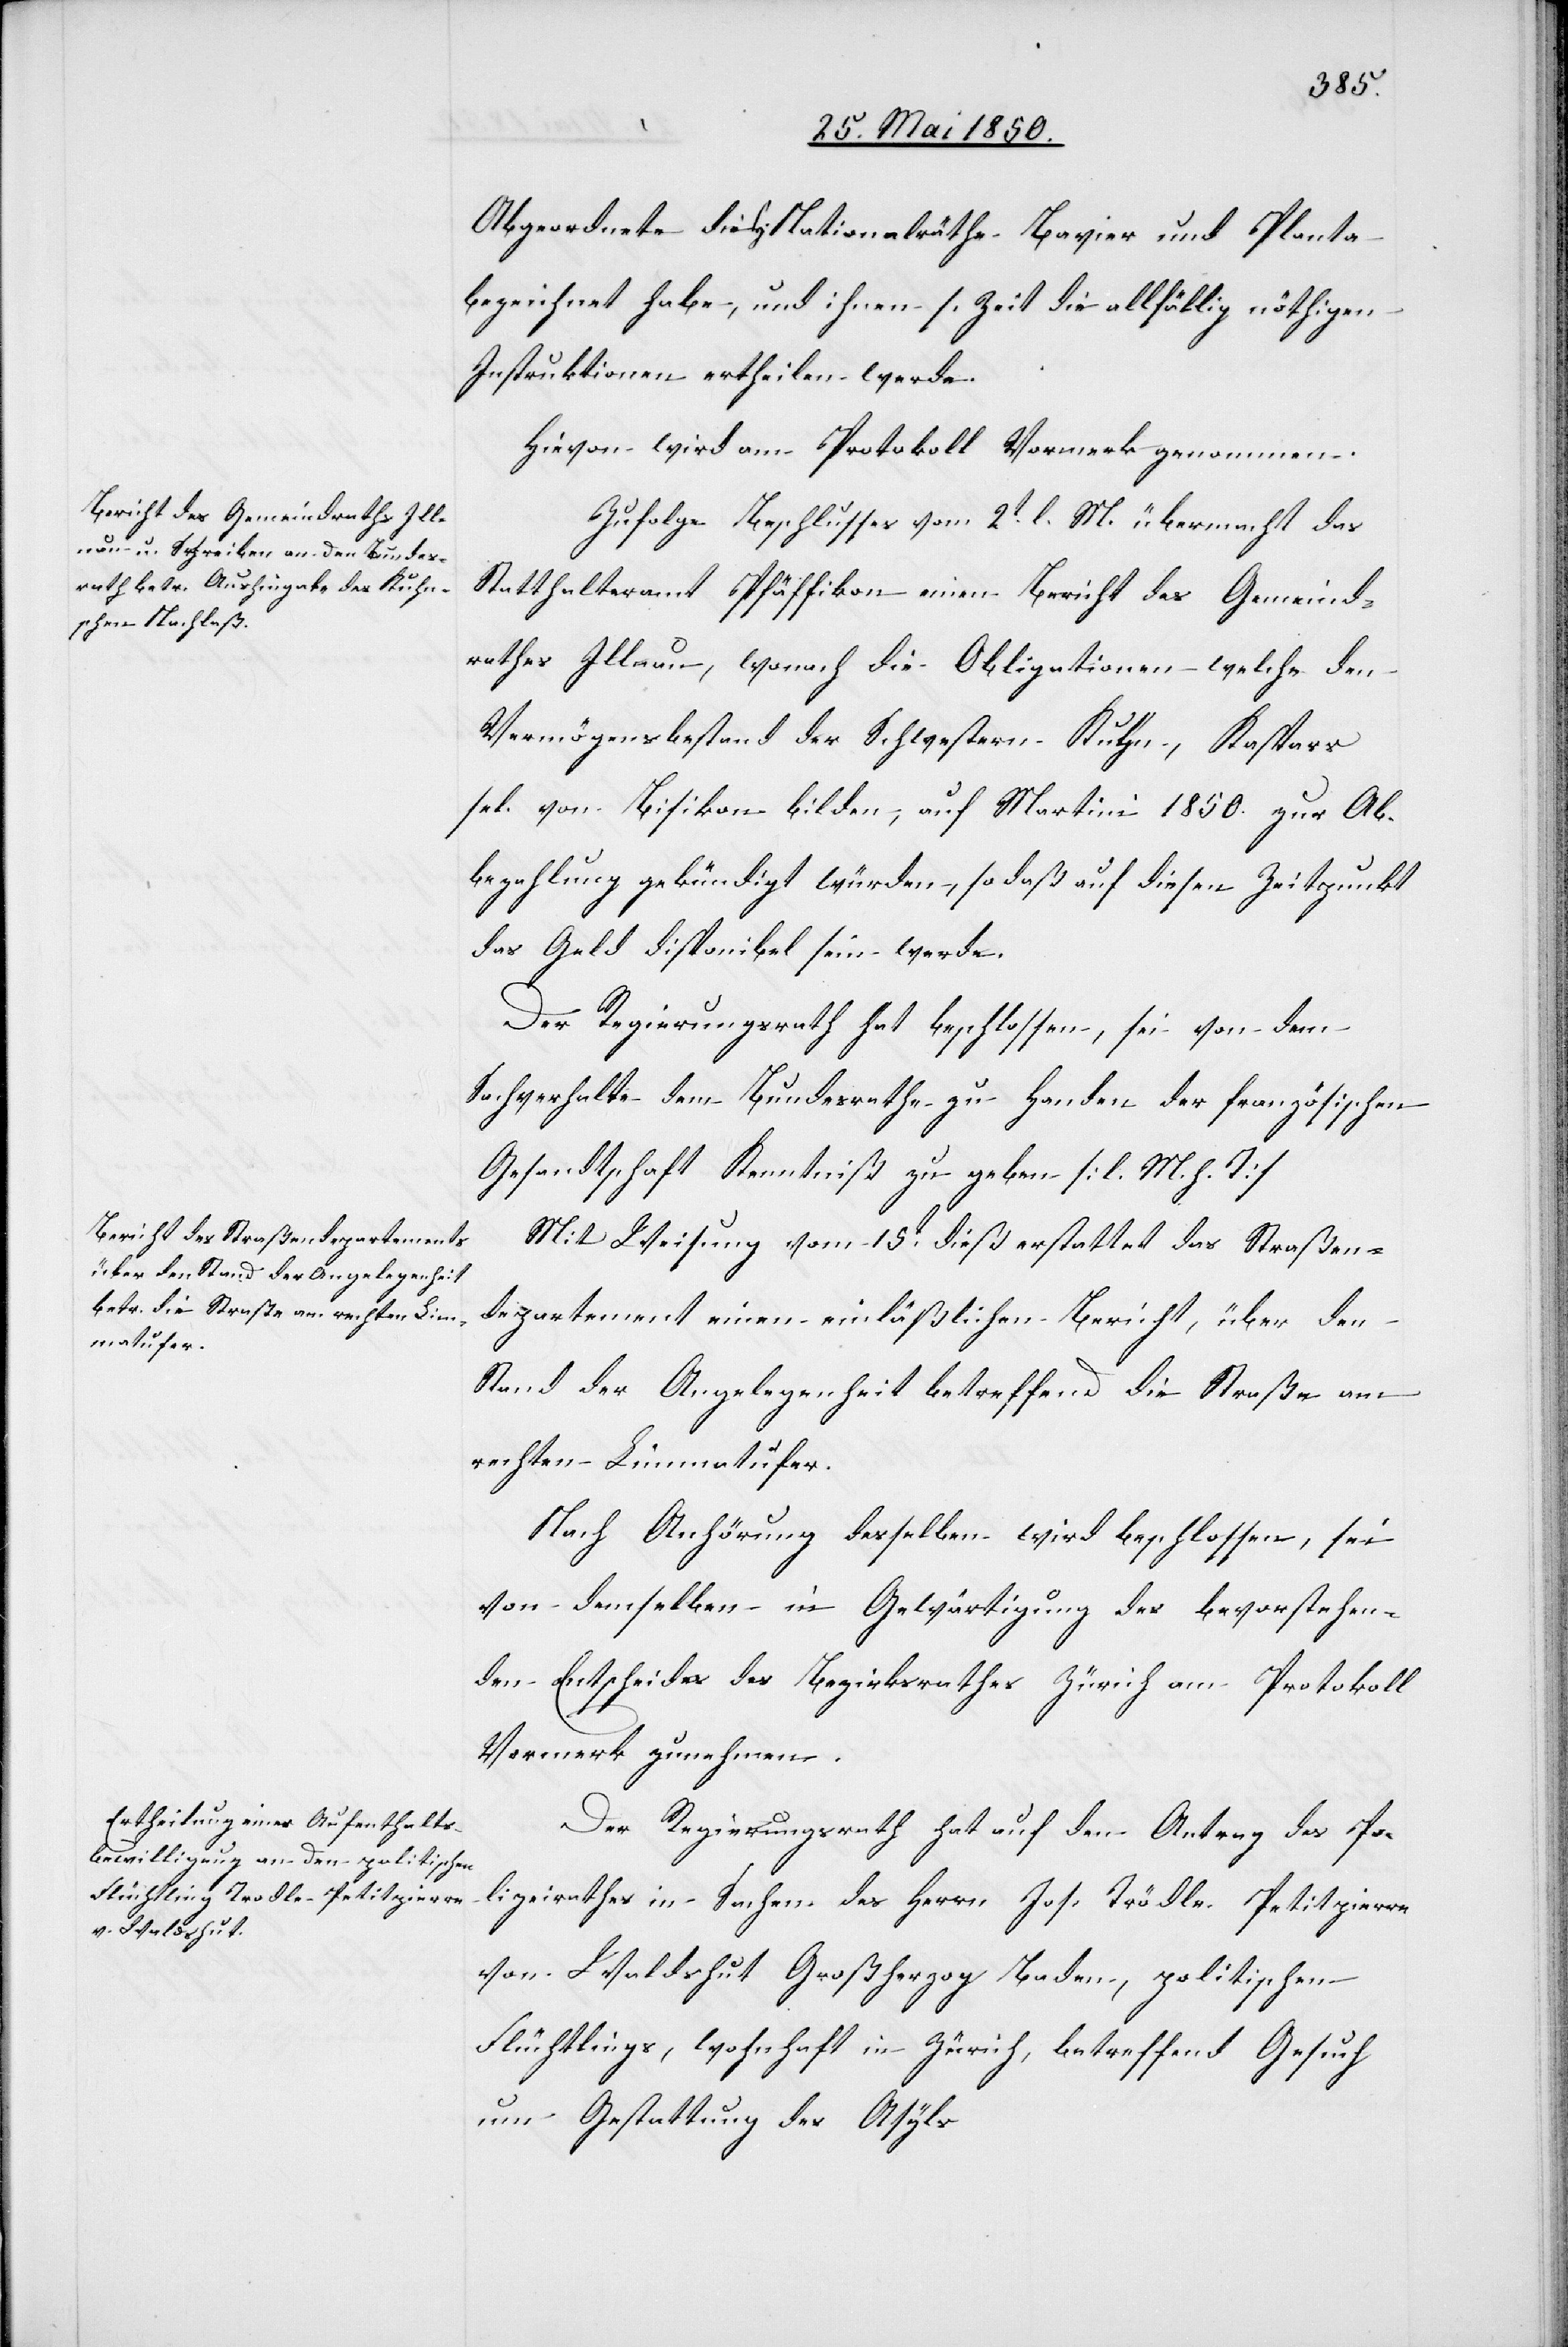
Abgeordnete die H. Nationalräthe Bavier und Planta
bezeichnet habe, und ihnen s. Zeit die allfällig nöthigen
Instruktionen ertheilen werde.
Hievon wird am Protokoll Vormerk genommen.
Zufolge Beschlusses vom 2t l. M. übermacht das
Statthalteramt Pfäffikon einen Bericht des Gemeind¬
rathes Illnau, wonach die Obligationen welche den
Vermögensbestand der Schwestern Kuhn, Kaspars
sel. von Bisikon bilden, auf Martini 1850. zur Ab¬
bezahlung gekündigt würden, so daß auf diesen Zeitpunkt
das Geld disponibel sein werde.
Der Regierungsrath hat beschlossen, sei von dem
Sachverhalte dem Bundesrathe zu Handen der französischen
Gesandtschaft Kenntniß zu geben [l. M. h. T]
Mit Weisung vom 15t dieß erstattet das Straßen¬
departement einen einläßlichen Bericht, über den
Stand der Angelegenheit betreffend die Straße am
rechten Limmatufer.
Nach Anhörung desselben wird beschlossen, sei
von demselben in Gewärtigung des bevorstehen¬
den Entscheides des Bezirksrathes Zürich am Protokoll
Vormerk zunehmen.
Der Regierungsrath hat auf den Antrag des Po¬
lizeirathes in Sachen des Herrn Jos. Trödle [sic!] Petitpierre
von Waldshut Großherzog[thum] Baden, politischen
Flüchtlings, wohnhaft in Zürich, betreffend Gesuch
um Gestattung des Asyls